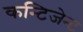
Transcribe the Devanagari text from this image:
कन्टिजेन्ट